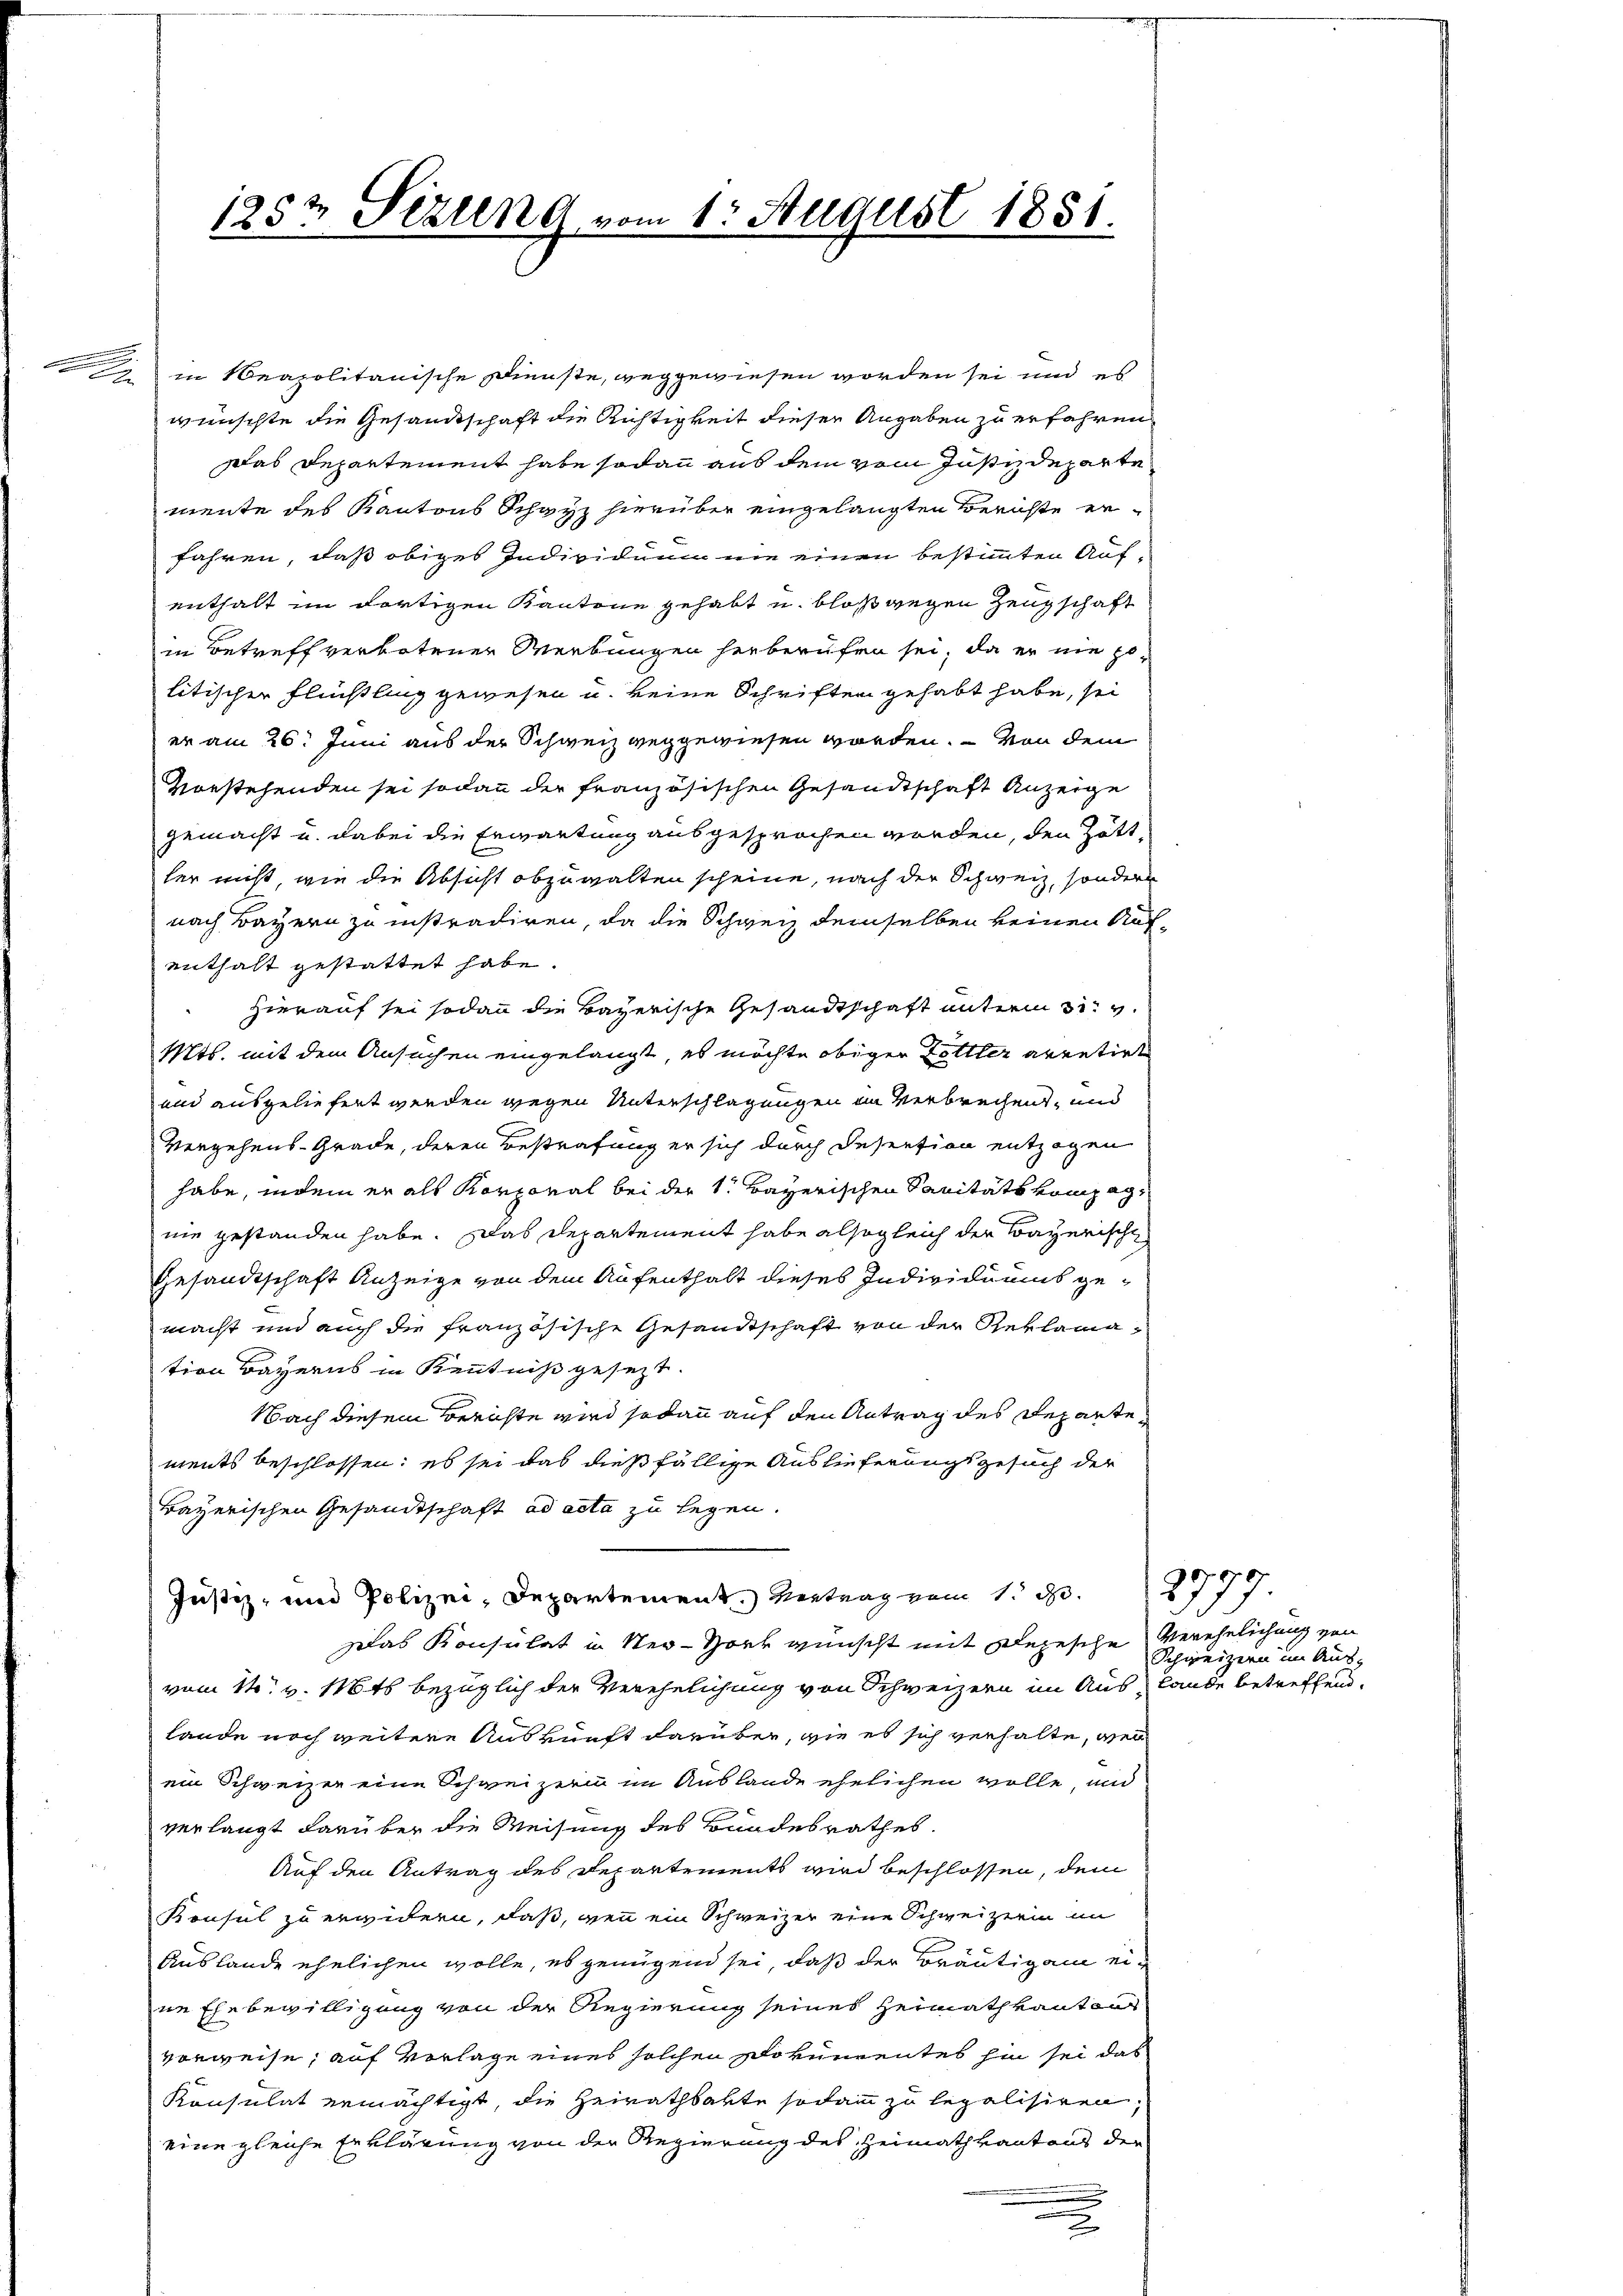
.

125t Sizung vom 1. August 1851.

in Neapolitanische Dienste, weggewiesen worden sei und es
wünschte die Gesandtschaft die Richtigkeit dieser Angaben zu erfahren.
Das Departement habe sodann aus dem vom Justizdeparte
mente des Kantons Schwyz hierüber eingelangten Berichte erfahren, daß obiges Individuum nie einen bestimmten Aufenthalt im dortigen Kantone gehabt u. bloß wegen Zeugschaft
in Betreff verbotener Werkungen herberufen sei, da er nie zulitischen Flüchtling gewesen u. keine Schriften gehabt habe, sei
er am 26. Juni aus der Schweiz vergewiesen worden. – Von dem
Vorstehenden sei sodann der französischen Gesandtschaft Anzeige
gemacht u. dabei die Erwartung ausgesprochen worden, den Zöttler nicht, wie die Absicht abzuwalten scheine, nach der Schweiz, sondern
nach Bayern zu instradiren, da die Schweiz demselben keinen Aufenthalt gestattet habe.
Hierauf sei sodann die Bayerische Gesandtschaft unterm 31. v.
Mts. mit dem Ansuchen eingelangt, es möchte obiger Zettter arretirt
und ausgeliefert werden wegen Unterschlagungen im Verbrechens, und
Vergehens-Grade, deren Bestrafung er sich durch Desention entzogen
habe, indem er als Korporal bei der 1. Bayerischen Sanitätskompagnie gestanden habe. Das Departement habe alsogleich der Bayerische
Gesandtschaft Anzeige von dem Aufenthalt dieses Individuums gemacht und auch die französische Gesandtschaft von der Reklamation Bayerns in Kenntniß gesezt.
Nach diesem Berichte wird sodann auf den Antrag des Departements beschlossen: es sei das dießfällige Auslieferungsgesuch der
Bayerischen Gesandtschaft ad acta zu legen.
Justiz- und Polizei- Departement. Vertrag vom 1. d. 2777.
Das Konsulat in Ner-Hork wünscht mit Depesche Verehelichung von
vom 14t v. 18ts bezüglich der Verehelichung von Schweizern im Auslande betreffend.
Lande noch weitere Auskunft darüber, wie es sich verhalte, wen
ein Schweizer eine Schweizerin im Auslande ehelichen wolle, und
verlangt darüber die Weisung des Bundesrathes.
Auf den Antrag des Departements wird beschlossen, dem
Konsul zu erwidern, daß, wenn ein Schweizer eine Schweizerin im
Auslande ehelichen wolle, es genügend sei, daß der Bräutigam eine Ehebewilligung von der Regierung seines Heimathkanton
vorweise; auf Vorlage eines solchen Dokumentes hin sei das
Konsulat ermächtigt, die Heirathsakte sodann zu legalisiren,
eine gleiche Erklärung von der Regierung des Heimathkantons der

Schweizern im Aus-